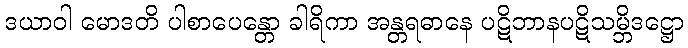
ဒယာဝါ မောဒတိ ပါစာပေန္တော ခါရိကာ အန္တရဓာနေ ပဋိဘာနပဋိသမ္ဘိဒဋ္ဌော